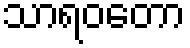
သာရဝတော